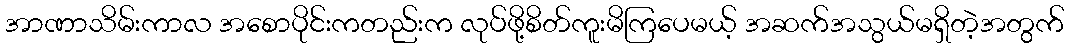
အာဏာသိမ်းကာလ အစောပိုင်းကတည်းက လုပ်ဖို့စိတ်ကူးမိကြပေမယ့် အဆက်အသွယ်မရှိတဲ့အတွက်